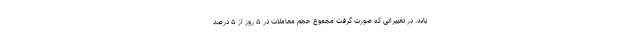
یابد. در تغییراتی که صورت گرفت مجموع حجم معاملات در ۵ روز از ۵ درصد